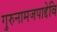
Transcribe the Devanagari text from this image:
गुरुनामजपाद्देवि